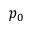
p _ { 0 }